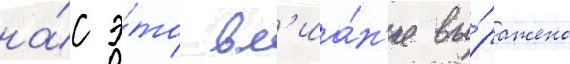
на́с э́то вл'иа́н'ие вы́ражено